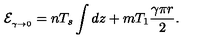
{ \cal E } _ { { } _ { \gamma \to 0 } } = n T _ { s } \int d z + m T _ { 1 } \frac { \gamma \pi r } { 2 } .